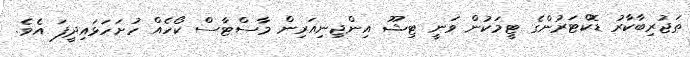
ތަޖުރިބާކާރު ޑޮކްޓަރުންގެ ޓީމަކުން ވަނީ ޓިޝޫ އިންޖިނިއަރިން މާސްޓާސް ކޯހެއް ހުށަހަޅައިދީފަ އެވެ.